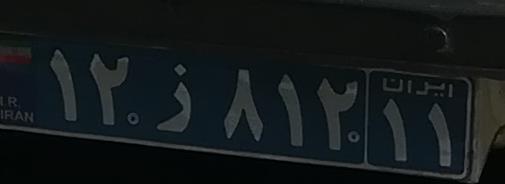
۱۲ز۸۱۲۱۱